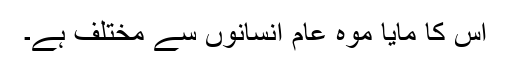
اُس کا مایا موہ عام انسانوں سے مختلف ہے۔